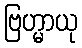
ဗြဟ္မာယု